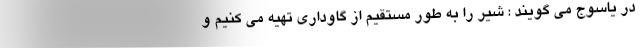
در یاسوج می گویند : شیر را به طور مستقیم از گاوداری تهیه می کنیم و